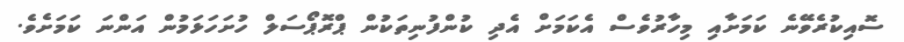
ސޮއިކުރެވޭނެ ކަމަށާއި މިހާރުވެސް އެކަމަށް އެދި ކުންފުނިތަކުން ޕްރޮޕޯސަލް ހުށަހަޅަމުން އަންނަ ކަމަށެވެ.